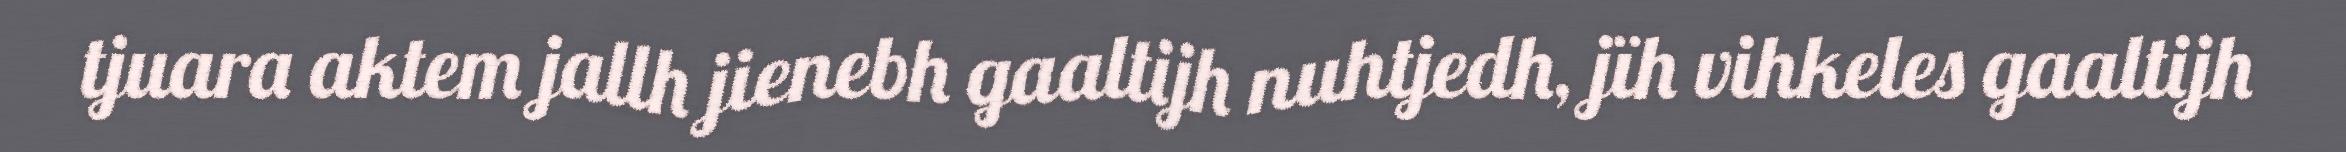
tjuara aktem jallh jienebh gaaltijh nuhtjedh, jïh vihkeles gaaltijh